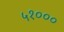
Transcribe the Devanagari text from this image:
५१०००